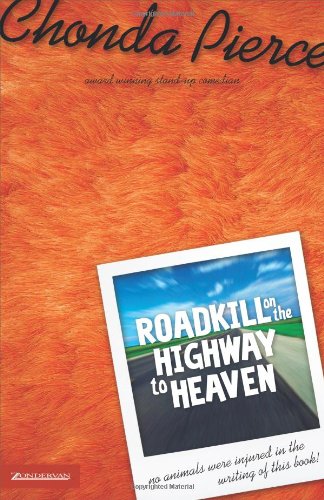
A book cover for Roadkill on the Highway to Heaven; Chonda Pierce; Humor & Entertainment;